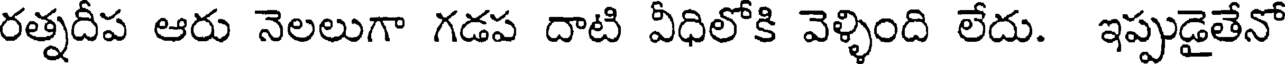
రత్నదీప ఆరు నెలలుగా గడప దాటి వీధిలోకి వెళ్ళింది లేదు. ఇప్పుడైతేనో